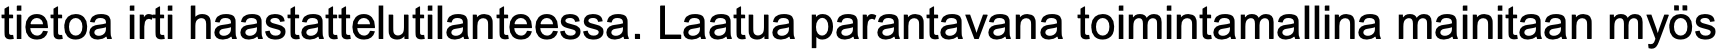
tietoa irti haastattelutilanteessa. Laatua parantavana toimintamallina mainitaan myös